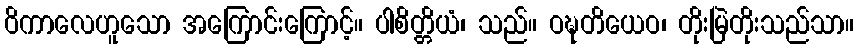
ဝိကာလေဟူသော အကြောင်းကြောင့်။ ပါစိတ္တိယံ၊ သည်။ ဝဍ္ဎတိယေဝ၊ တိုးမြဲတိုးသည်သာ။